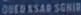
OuedKsarSghir